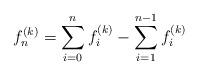
LaTeX: \begin{align*}f_{n}^{(k)}=\sum_{i=0}^{n} f_i^{(k)} - \sum_{i=1}^{n-1} f_i^{(k)}\end{align*}